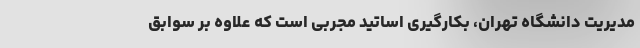
مدیریت دانشگاه تهران، بکارگیری اساتید مجربی است که علاوه بر سوابق